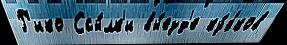
Р'ико Ссы́лк'и вы́езд'е ку́бков